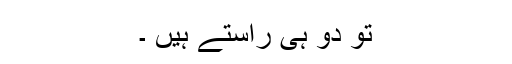
تو دو ہی راستے ہیں ۔